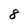
Character: 8